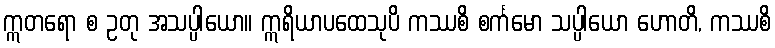
ဣတရော စ ဥတု အသပ္ပါယော။ ဣရိယာပထေသုပိ ကဿစိ စင်္ကမော သပ္ပါယော ဟောတိ, ကဿစိ